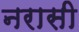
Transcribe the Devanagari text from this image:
नरासी